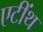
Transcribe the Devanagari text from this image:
एटींथ